Report on the bubonic plague in Bombay, 1896-1897
Year: 1896
Disease focus: Plague
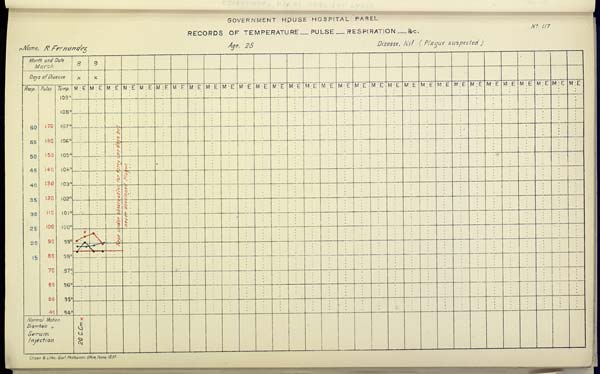
GOVERNMENT HOUSE HOSPITAL PAREL
No. 117
RECORDS OF TEMPERATURE __ PULSE __ RESPIRATION __ &c.
Name,
R.
Fernandez
Age,
25
Disease,
Nil
(Plague
suspected)
Drawn & Litho: Govt. Photozinco: Office, Poona 1897.